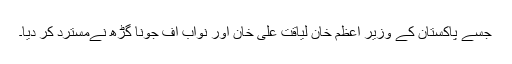
جسے پاکستان کے وزیر اعظم خان لیاقت علی خان اور نواب آف جونا گڑھ نےمسترد کر دیا۔